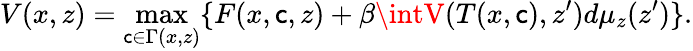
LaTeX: V(x,z)=\operatorname*{max}_{\mathsf{c}\in\Gamma(x,z)}\{ F(x,\mathsf{c},z)+\beta\intV(T(x,\mathsf{c}),z^{\prime})d\mu_{z}(z^{\prime})\} .